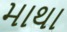
માથા